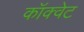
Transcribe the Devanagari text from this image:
कॉक्वेट